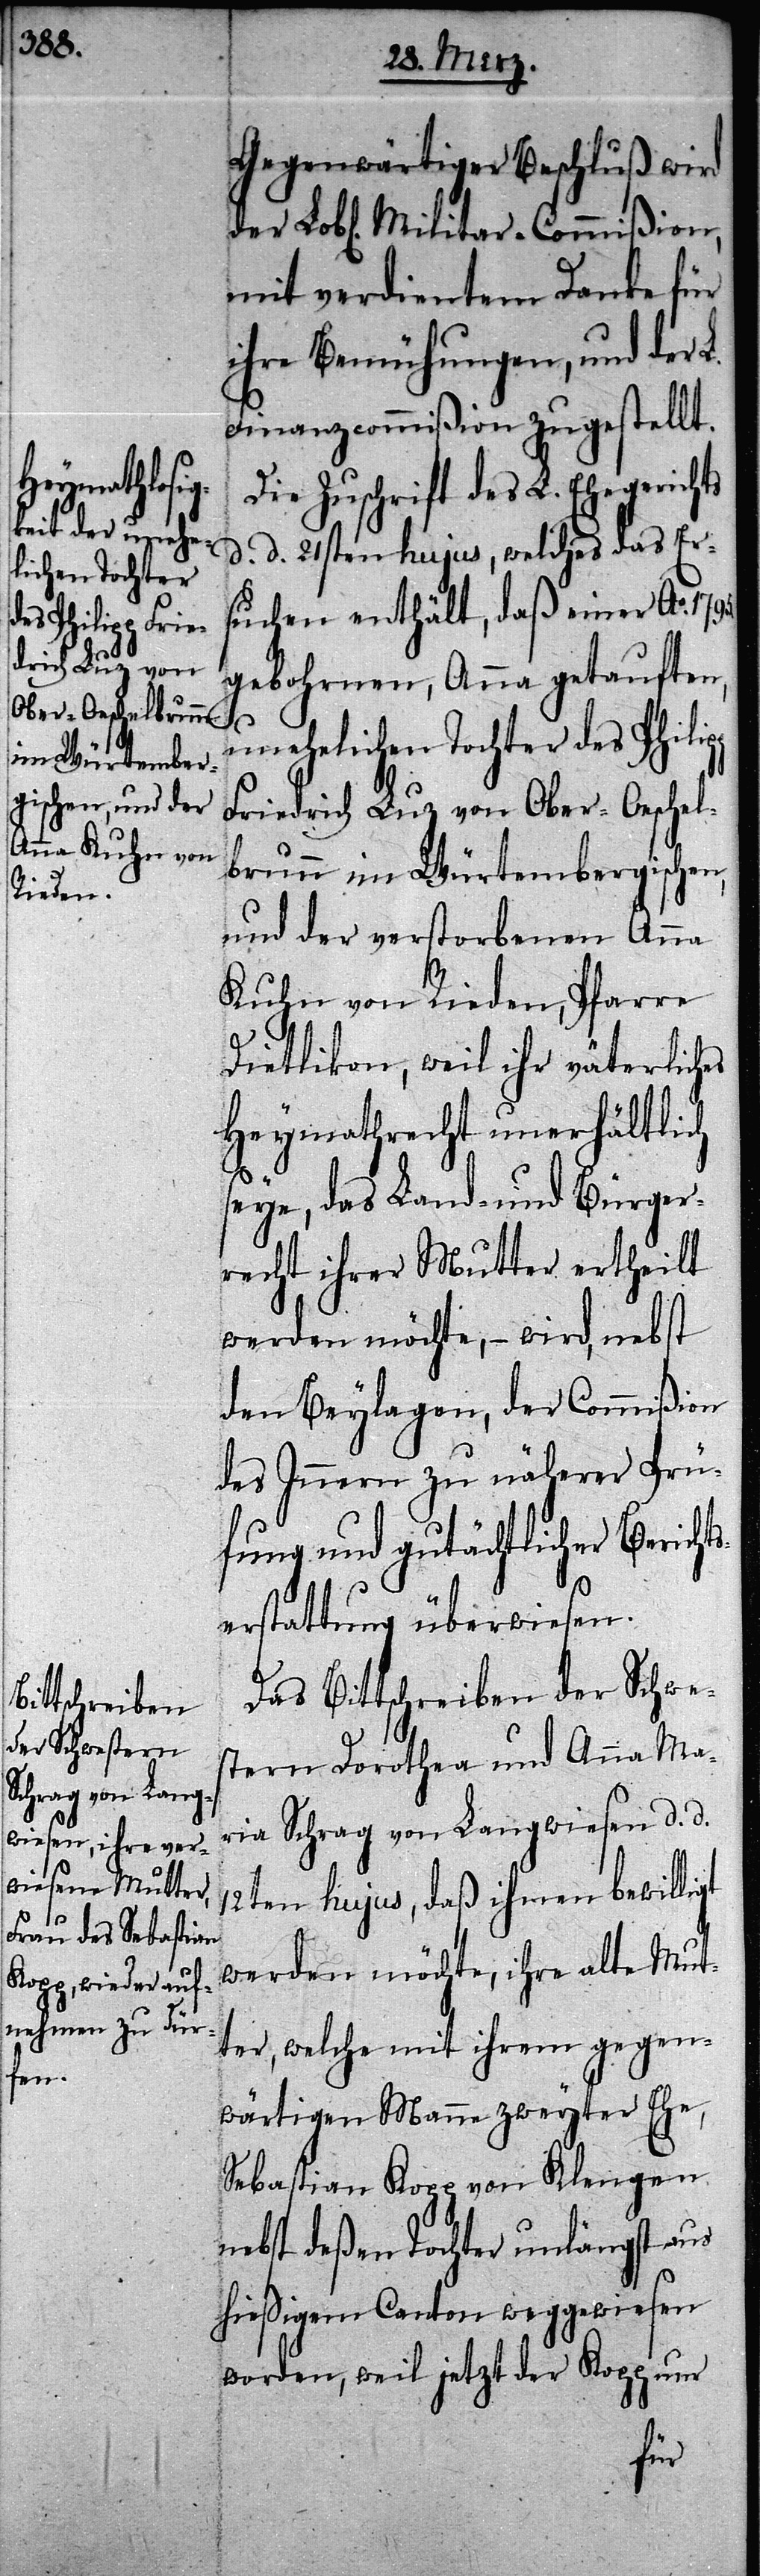
der Lobl[ic¬

Gegenwärtiger Beschluß wird
hen] Militar-Commißion,
mit verdientem Danke für
ihre Bemühungen, und der L.
Finanzcommißion zugestellt.
Die Zuschrift des L. Ehegerichts
d. d. 21.sten hujus, welches das Er¬
suchen enthält, daß einer Ao. 1795
gebohrnen, Anna getauften,
ts¬
unehelichen Tochter des Philipp
Friedrich Luz von Ober-Oeschel¬
brunn im Würtembergischen,
und der verstorbenen Anna
Kuhn von Rieden, Pfarre
Dietlikon, weil ihr väterliches
Heymathrecht unerhältlich
seye, das Land- und Bürger¬
recht ihrer Mutter ertheilt
werden möchte, – wird, nebst
den Beylagen, der Commißion
des Innern zu näherer Prü¬
fung und gutächtlicher Berich¬
erstattung überwiesen.
Das Bittschreiben der Schwe¬
stern Dorothea und Anna Ma¬
ria Schrag von Langwiesen d. d.
12ten hujus, daß ihnen bewilligt
werden möchte, ihre alte Mut¬
ter, welche mit ihrem gegen¬
wärtigen Manne zweyter Ehe,
Sebastian Kopp von Klengen
nebst deßen Tochter unlängst aus
hießigem Canton weggewiesen
worden, weil jetzt der Kopp nur